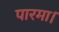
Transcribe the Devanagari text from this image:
पारमा।